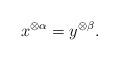
LaTeX: \begin{align*}x^{\otimes \alpha}=y^{\otimes \beta}.\end{align*}